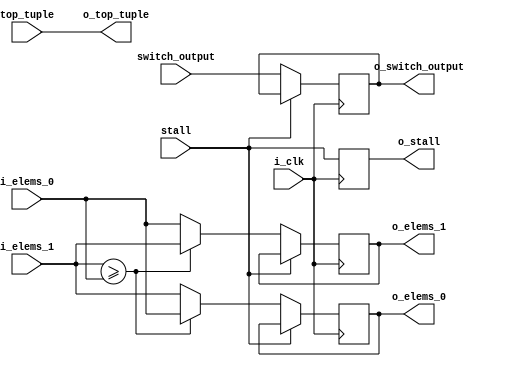
`timescale 1 ns/10 ps

/* For 1-merger */
module BITONIC_NETWORK_2 (input i_clk,
			  input 	    switch_output,
			  input 	    stall,
			  input [31:0] 	    top_tuple,
			  input [31:0] 	    i_elems_0,
			  input [31:0] 	    i_elems_1, 
			  output reg [31:0] o_elems_0,
			  output reg [31:0] o_elems_1,
			  output reg 	    o_switch_output,
			  output reg 	    o_stall,
			  output [31:0]     o_top_tuple);

   initial begin
      /* nothing to do here */
   end

   assign o_top_tuple = top_tuple;
   
   
   always @(posedge i_clk) begin
      o_stall <= stall;
      if (~stall) begin
	 o_switch_output <= switch_output;
	 if (i_elems_1 >= i_elems_0) begin
	    o_elems_0 <= i_elems_0;
	    o_elems_1 <= i_elems_1;
	 end
	 else begin
	    o_elems_0 <= i_elems_1;
	    o_elems_1 <= i_elems_0;	 
	 end
      end // if (~stall)
   end
endmodule // BITONIC_NETWORK_2